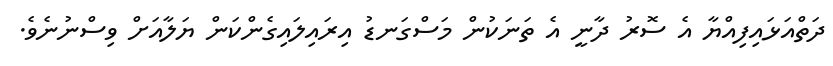
ދަތްއަޅައިފިއްޔާ އެ ސޮރު ދާނީ އެ ތަނަކުން މަސްގަނޑު އިރައިލައިގެންކަން ޔަލާއަށް ވިސްނުނެވެ.